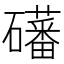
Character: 𪿾